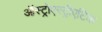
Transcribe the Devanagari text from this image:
ऑस्ट्रोएस्ट्रीएटिक